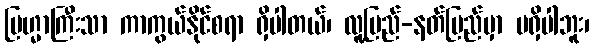
ဗြဟ္မာကြီးသာ ကာကွယ်နိုင်စရာ ရှိပါတယ်၊ လူ့ပြည်-နတ်ပြည်မှာ မရှိပါဘူး၊